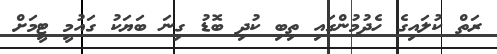
ރަތް ކުލައިގެ ހެދުމުންގައި ތިބި ކުދި ބޮޑު ގިނަ ބަޔަކު ގައުމީ ޓީމަށް